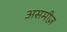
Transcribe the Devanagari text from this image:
असमीज़